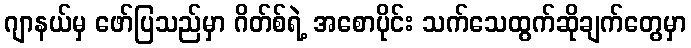
ဂျာနယ်မှ ဖော်ပြသည်မှာ ဂိတ်စ်ရဲ့ အစောပိုင်း သက်သေထွက်ဆိုချက်တွေမှာ